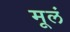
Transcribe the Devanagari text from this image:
मूलं